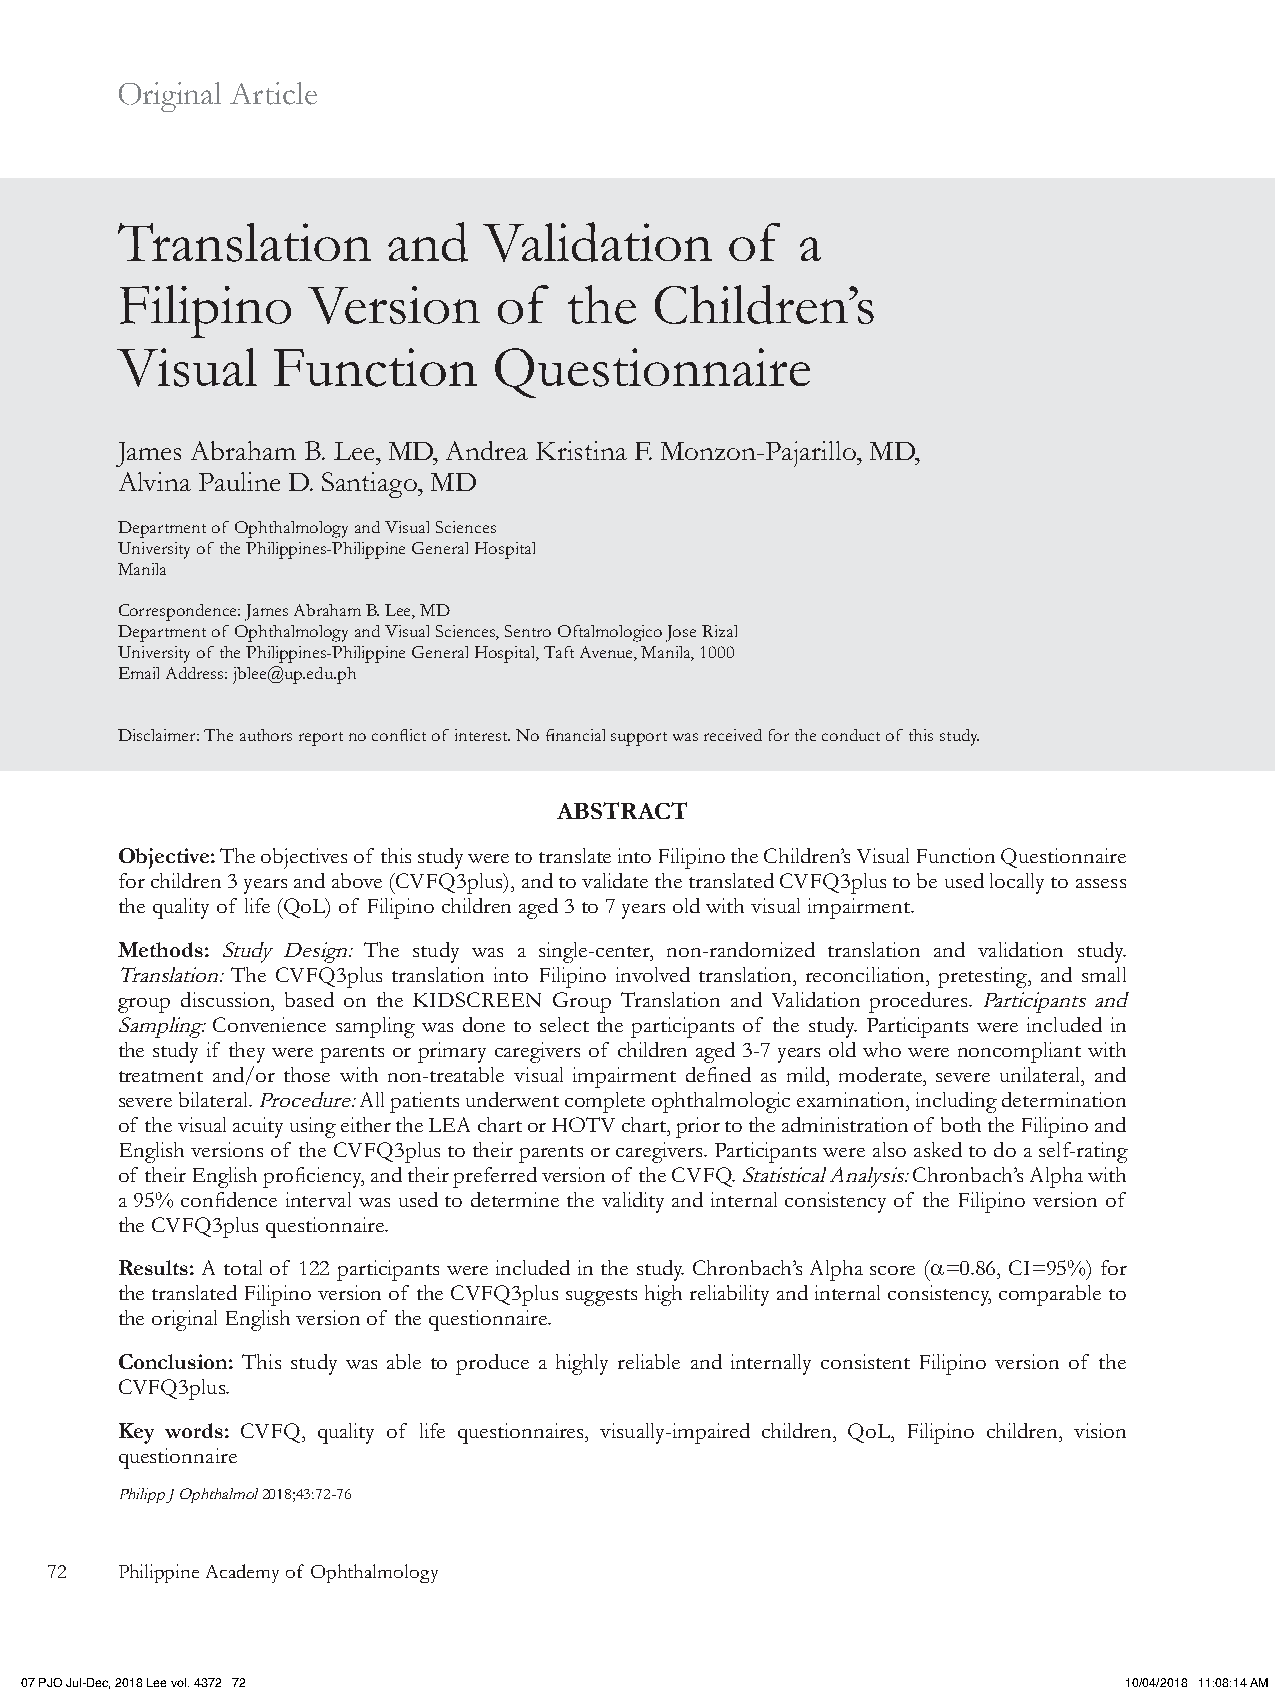
Original Article
 Translation       and   Validation      of   a
 Filipino    Version      of  the   Children’s
 Visual    Function       Questionnaire
 James Abraham B. Lee, MD, Andrea Kristina F. Monzon-Pajarillo, MD,
 Alvina Pauline D. Santiago, MD
 Department of Ophthalmology and Visual Sciences
 University of the Philippines-Philippine General Hospital
 Manila
 Correspondence: James Abraham B. Lee, MD
 Department of Ophthalmology and Visual Sciences, Sentro Oftalmologico Jose Rizal
 University of the Philippines-Philippine General Hospital, Taft Avenue, Manila, 1000
 Email Address: jblee@up.edu.ph
 Disclaimer: The authors report no conflict of interest. No financial support was received for the conduct of this study.
 ABSTRACT
 Objective: The objectives of this study were to translate into Filipino the Children’s Visual Function Questionnaire
 for children 3 years and above (CVFQ3plus), and to validate the translated CVFQ3plus to be used locally to assess
 the quality of life (QoL) of Filipino children aged 3 to 7 years old with visual impairment.
 Methods: Study Design: The study was a single-center, non-randomized translation and validation study.
 Translation: The CVFQ3plus translation into Filipino involved translation, reconciliation, pretesting, and small
 group discussion, based on the KIDSCREEN Group Translation and Validation procedures. Participants and
 Sampling: Convenience sampling was done to select the participants of the study. Participants were included in
 the study if they were parents or primary caregivers of children aged 3-7 years old who were noncompliant with
 treatment and/or those with non-treatable visual impairment defined as mild, moderate, severe unilateral, and
 severe bilateral. Procedure: All patients underwent complete ophthalmologic examination, including determination
 of the visual acuity using either the LEA chart or HOTV chart, prior to the administration of both the Filipino and
 English versions of the CVFQ3plus to their parents or caregivers. Participants were also asked to do a self-rating
 of their English proficiency, and their preferred version of the CVFQ. Statistical Analysis: Chronbach’s Alpha with
 a 95% confidence interval was used to determine the validity and internal consistency of the Filipino version of
 the CVFQ3plus questionnaire.
 Results: A total of 122 participants were included in the study. Chronbach’s Alpha score (α=0.86, CI=95%) for
 the translated Filipino version of the CVFQ3plus suggests high reliability and internal consistency, comparable to
 the original English version of the questionnaire.
 Conclusion: This study was able to produce a highly reliable and internally consistent Filipino version of the
 CVFQ3plus.
 Key words: CVFQ, quality of life questionnaires, visually-impaired children, QoL, Filipino children, vision
 questionnaire
 Philipp J Ophthalmol 2018;43:72-76
 72   Philippine Academy of Ophthalmology
 07 PJO Jul-Dec, 2018 Lee vol. 4372 72                                    10/04/2018 11:08:14 AM